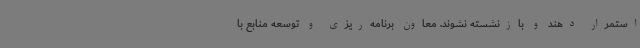
استمرار دهند و بازنشسته نشوند. معاون برنامه‌ریزی و توسعه منابع با